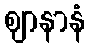
ဈာနာနံ